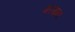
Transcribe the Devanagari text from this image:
मरखना